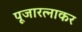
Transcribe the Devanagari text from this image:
पूजारत्नाकर